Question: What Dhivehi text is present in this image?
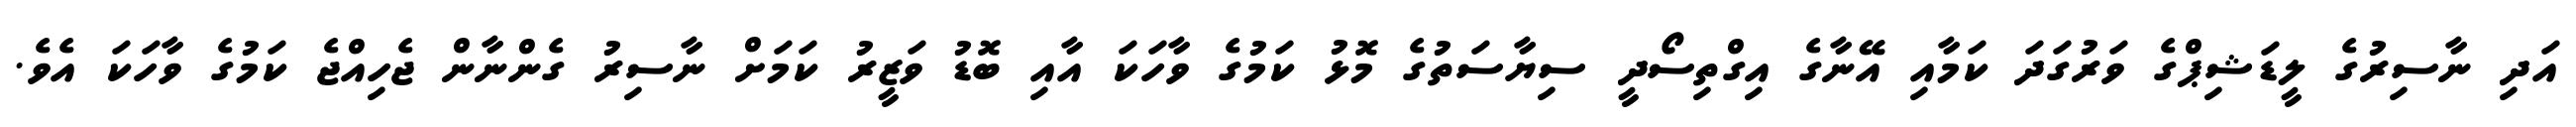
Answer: އަދި ނާސިރުގެ ލީޑަޝިޕްގެ ވަރުގަދަ ކަމާއި އޭނާގެ އިގްތިސޯދީ ސިޔާސަތުގެ މޮޅު ކަމުގެ ވާހަކަ އާއި ބޮޑު ވަޒީރު ކަމަށް ނާސިރު ގެންނާން ޖެހިއްޖެ ކަމުގެ ވާހަކަ އެވެ.